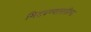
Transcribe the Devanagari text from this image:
मिटवण्यासाठीचा